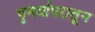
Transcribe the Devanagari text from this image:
पुनर्वापरातून